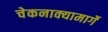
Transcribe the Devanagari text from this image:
चेकनाक्यामार्गे